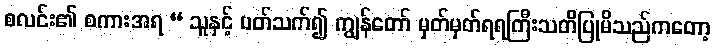
စလင်း၏ စကားအရ “ သူနှင့် ပတ်သက်၍ ကျွန်တော် မှတ်မှတ်ရရကြီးသတိပြုမိသည်ကတော့